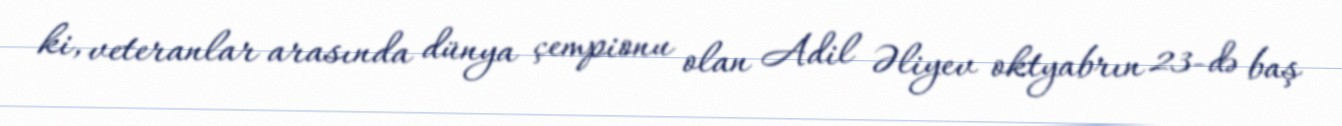
ki, veteranlar arasında dünya çempionu olan Adil Əliyev oktyabrın 23-də baş